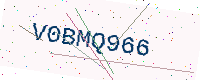
Text: V0BMQ966